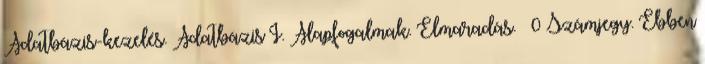
Adatbázis-kezelés. Adatbázis I. Alapfogalmak. Elmaradás.  0 Számjegy. Ebben